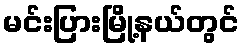
မင်းပြားမြို့နယ်တွင်